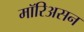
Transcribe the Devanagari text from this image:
मॉरिअसन